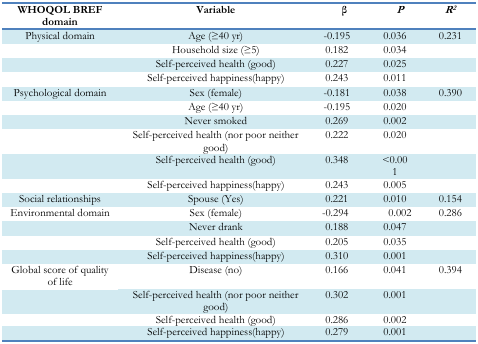
<table><thead><tr><td><b>WHOQOL BREF domain</b></td><td><b>Variable</b></td><td><b>β</b></td><td><b><i>P</i></b></td><td><b><i>R<sup>2</sup></i></b></td></tr></thead><tbody><tr><td>Physical domain</td><td>Age (≥40 yr)</td><td>−0.195</td><td>0.036</td><td>0.231</td></tr><tr><td></td><td>Household size (≥5)</td><td>0.182</td><td>0.034</td><td></td></tr><tr><td></td><td>Self-perceived health (good)</td><td>0.227</td><td>0.025</td><td></td></tr><tr><td></td><td>Self-perceived happiness (happy)</td><td>0.243</td><td>0.011</td><td></td></tr><tr><td>Psychological domain</td><td>Sex (female)</td><td>−0.181</td><td>0.038</td><td>0.390</td></tr><tr><td></td><td>Age (≥40 yr)</td><td>−0.195</td><td>0.020</td><td></td></tr><tr><td></td><td>Never smoked</td><td>0.269</td><td>0.002</td><td></td></tr><tr><td></td><td>Self-perceived health (nor poor neither good)</td><td>0.222</td><td>0.020</td><td></td></tr><tr><td></td><td>Self-perceived health (good)</td><td>0.348</td><td>&lt;0.001</td><td></td></tr><tr><td></td><td>Self-perceived happiness (happy)</td><td>0.243</td><td>0.005</td><td></td></tr><tr><td>Social relationships</td><td>Spouse (Yes)</td><td>0.221</td><td>0.010</td><td>0.154</td></tr><tr><td>Environmental domain</td><td>Sex (female)</td><td>−0.294</td><td>0.002</td><td>0.286</td></tr><tr><td></td><td>Never drank</td><td>0.188</td><td>0.047</td><td></td></tr><tr><td></td><td>Self-perceived health (good)</td><td>0.205</td><td>0.035</td><td></td></tr><tr><td></td><td>Self-perceived happiness (happy)</td><td>0.310</td><td>0.001</td><td></td></tr><tr><td>Global score of quality of life</td><td>Disease (no)</td><td>0.166</td><td>0.041</td><td>0.394</td></tr><tr><td></td><td>Self-perceived health (nor poor neither good)</td><td>0.302</td><td>0.001</td><td></td></tr><tr><td></td><td>Self-perceived health (good)</td><td>0.286</td><td>0.002</td><td></td></tr><tr><td></td><td>Self-perceived happiness (happy)</td><td>0.279</td><td>0.001</td><td></td></tr></tbody></table>